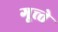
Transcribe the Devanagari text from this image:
गूत्त्ते